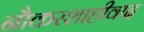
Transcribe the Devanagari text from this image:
नौकरशाहीवाद